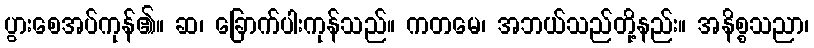
ပွားစေအပ်ကုန်၏။ ဆ၊ ခြောက်ပါးကုန်သည်။ ကတမေ၊ အဘယ်သည်တို့နည်း။ အနိစ္စသညာ၊